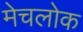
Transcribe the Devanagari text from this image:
मेचलोक